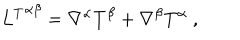
LaTeX: { L ^ { T } } ^ { \alpha \beta } = \nabla ^ { \alpha } T ^ { \beta } + \nabla ^ { \beta } T ^ { \alpha } \ ,